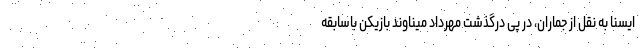
ایسنا به نقل از جماران، در پی درگذشت مهرداد میناوند بازیکن باسابقه